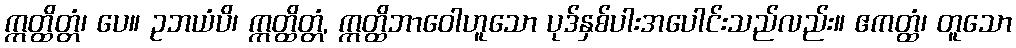
ဣတ္ထိတ္တံ၊ ပေ။ ဥဘယံပိ၊ ဣတ္ထိတ္တံ, ဣတ္ထိဘာဝေါဟူသော ပုဒ်နှစ်ပါးအပေါင်းသည်လည်း။ ဧကတ္ထံ၊ တူသော